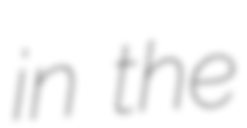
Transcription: in the